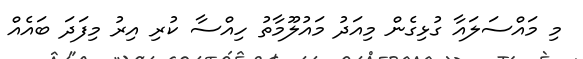
މި މައްސަލައާ ގުޅިގެން މިއަދު މައުލޫމާތު ހިއްސާ ކުރި އިރު މިފަދަ ބައެއް